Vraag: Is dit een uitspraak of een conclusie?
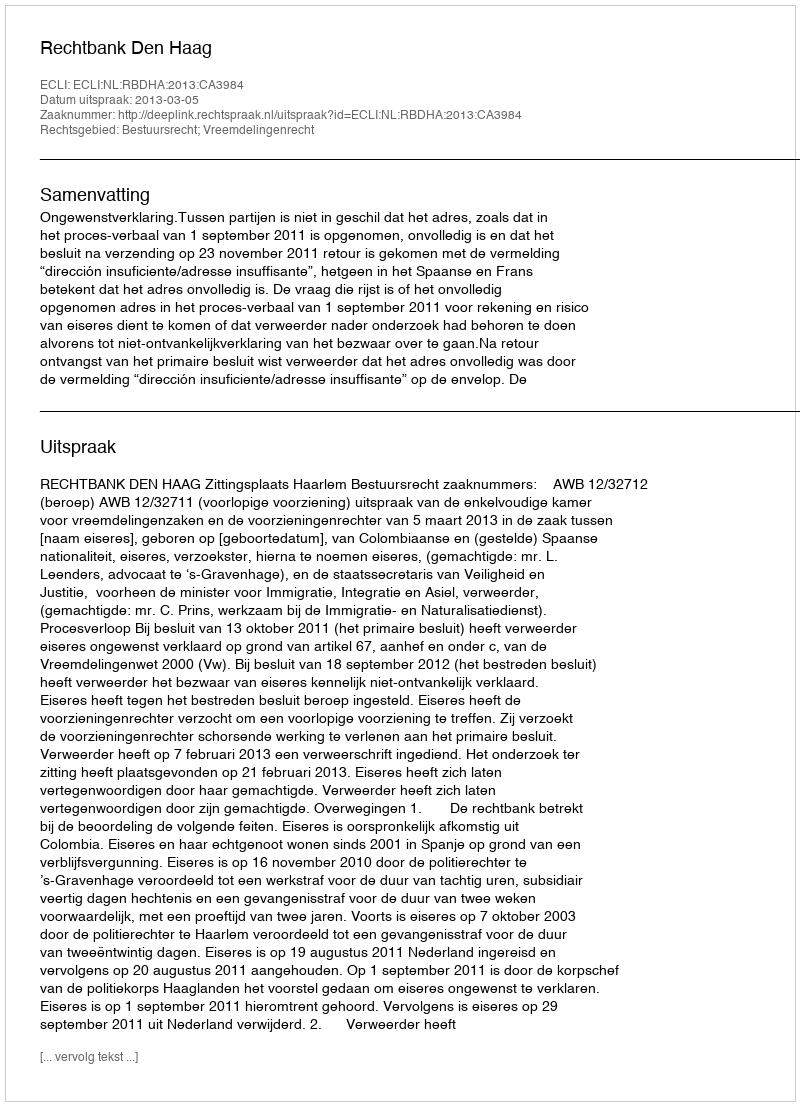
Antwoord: Uitspraak